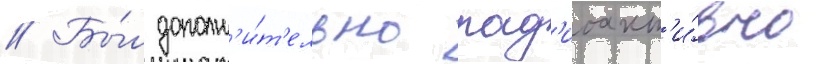
// Бы́л дополн'и́т'ельно рад'иоакт'и́вно